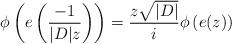
LaTeX: \begin{align*}\phi\left(e\left(\frac{-1}{|D|z}\right)\right)=\frac{z \sqrt{|D|}}{i}\phi\left(e(z)\right)\end{align*}